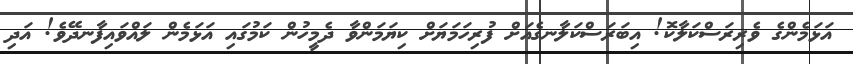
އަޅަމެންގެ ވެރިރަސްކަލާކޮ! އިބަރަސްކަލާނގެއަށް ފުރިހަމަޔަށް ކިޔަމަންވާ ދެމީހުން ކަމުގައި އަޅަމެން ލައްވައިފާނދޭވެ! އަދި